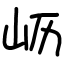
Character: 𫵷